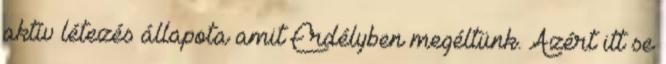
aktív létezés állapota amit Erdélyben megéltünk. Azért itt se